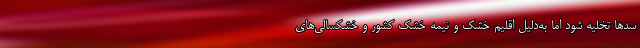
سدها تخلیه شود اما به‌دلیل اقلیم خشک و نیمه خشک کشور و خشکسالی‌های